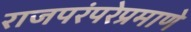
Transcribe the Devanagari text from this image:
राजपरंपरेप्रमाणे